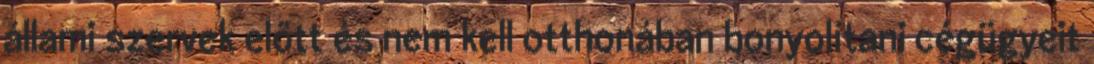
állami szervek előtt és nem kell otthonában bonyolítani cégügyeit